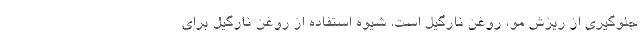
جلوگیری از ریزش مو، روغن نارگیل است. شیوه استفاده از روغن نارگیل برای